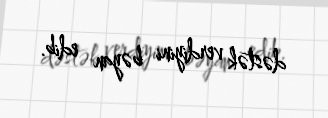
dəstək verdiyini bəyan edib.